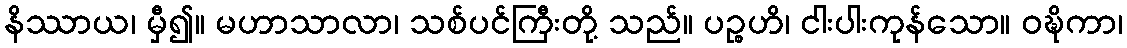
နိဿာယ၊ မှီ၍။ မဟာသာလာ၊ သစ်ပင်ကြီးတို့ သည်။ ပဉ္စဟိ၊ ငါးပါးကုန်သော။ ဝဍ္ဎိကာ၊